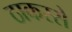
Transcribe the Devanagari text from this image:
ठाकरसे